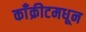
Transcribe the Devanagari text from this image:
काँक्रीटमधून